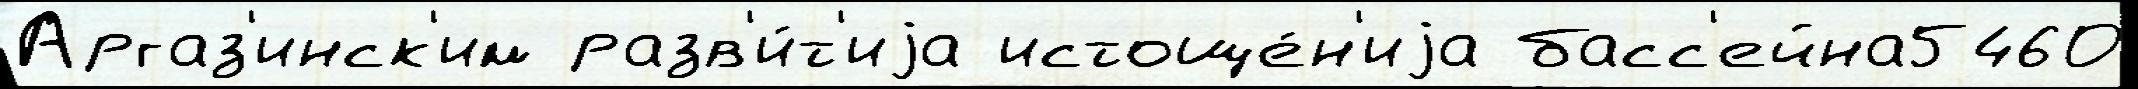
Аргаз'инск'им разв'и́т'иjа истоще́н'иjа басс'ейна5460